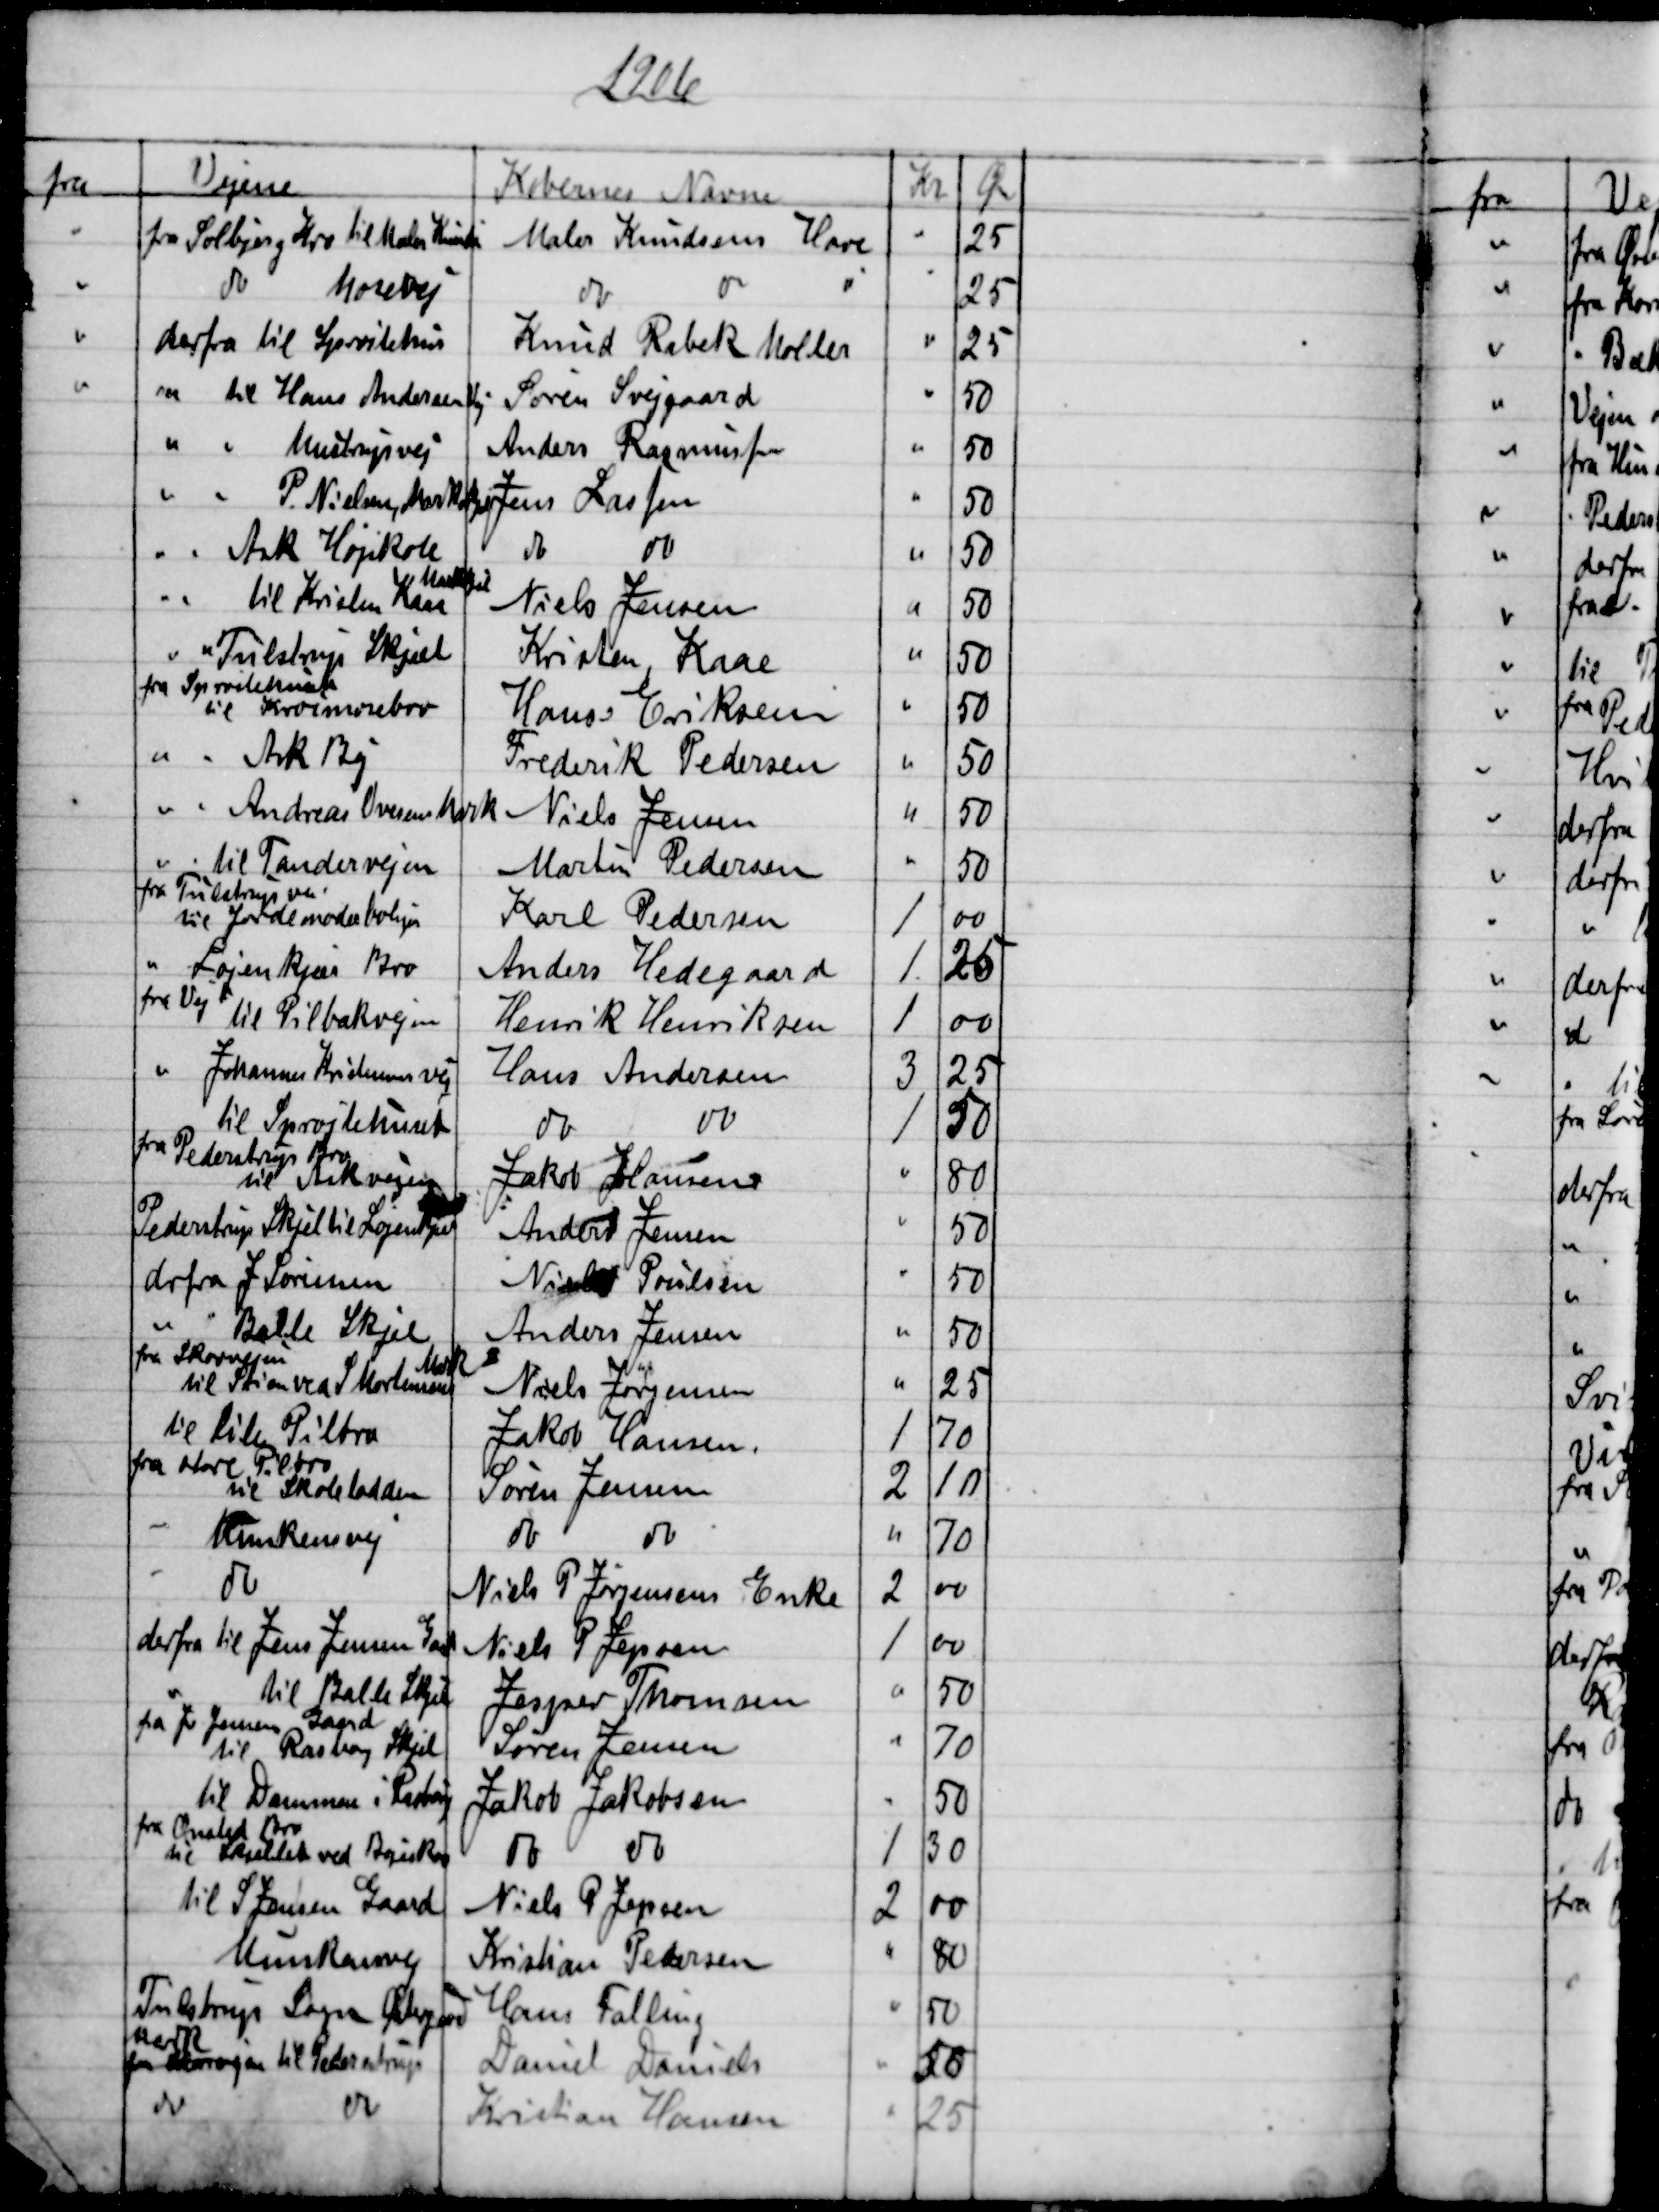
Transskription:
1906
fra
Vejene
Købernes Navne
Kr
Øre
fra Solbjerg Kro til Maler Knudsen
Maler Knudsens Have
25
do
Mosevej
do
do
25
derfra til Sprøitehus
Knud Rabek Møller
25
til Hans Andersen Vej
Søren Svejgaard
50
Mustrupvej
Anders Rasmussen
50
P. Nielsen, Markskjel
Jens Lassen
50
Ark Højskole
do
do
50
til Kristen Kaae
Markskjel
Niels Jensen
50
Tulstrup Skjæl
Kristen Kaae
50
fra Sprøitehuset
til Kroemosebro
Hans Eriksen
50
Ask By
Frederik Pedersen
50
Andreas Ovesens Mark
Niels Jensen
50
til Tandervejen
Martin Pedersen
50
fra Tulstrup vei
til Jordemoderboligen
Karl Pedersen
1
00
Løjenkjær Bro
Anders Hedegaard
1
25
fra Vej 
til Pilbækvejen
Henrik Henriksen
1
00
Johannes Kristensens vej
Hans Andersen
3
25
til Sprøjtehuset
do
do
1
50
fra Pederstrup Bro
til Askvejen
Jakob Hansen
80
Pederstrup Skjel til Løjenkjær
Anders Jensen
50
drfra J Sørensen
Niels Poulsen
50
Balle Skjel
Anders Jensen
50
fra Skovvejen
til Stien ved S Mortensens
Mark
Niels Jørgensen
25
til lile Pilbro
Jakob Hansen
1
70
fra store Pilbro
til Skolelodden
Søren Jensen
2
10
Munkensvej
do
do
70
do
Niels P Jørgensens Enke
2
00
derfra til Jens Jensen Gaard
Niels P Jepsen
1
00
til Balle Skjel
Jesper Thomsen
50
fra J Jensen Gaard
til Rasborg Skjel
Søren Jensen
70
til Dammen i Rasborg
Jakob Jakobsen
50
fra Onsted Bro
til Skjellet ved Bøgeskov
do 
do 
1
30
til S Jensen Gaard
Niels P. Jensen
2
00
Munkensvej
Kristian Petersen
80
Tulstrup Sogn Østergaard
Hans Falling
50
fra
Mark
Skovvejen til Pederstrup
Daniel Daniels
50
do
do
Kristian Hansen
25